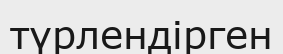
түрлендірген